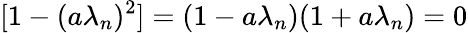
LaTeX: [1-(a\lambda_{n})^{2}]=(1-a\lambda_{n})(1+a\lambda_{n})=0